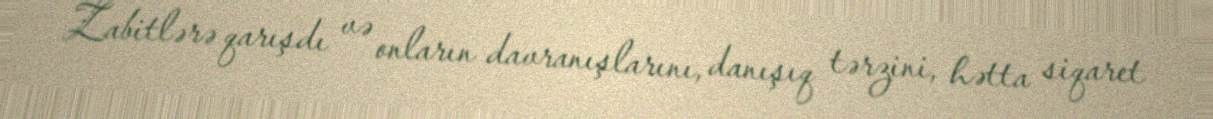
Zabitlərə qarışdı və onların davranışlarını, danışıq tərzini, hətta siqaret